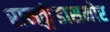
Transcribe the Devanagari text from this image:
रामकुंडासमोर